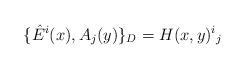
LaTeX: \begin{align*}\{ \hat E^i(x) , A_j(y) \}_D = H(x,y)^i{}_j\end{align*}